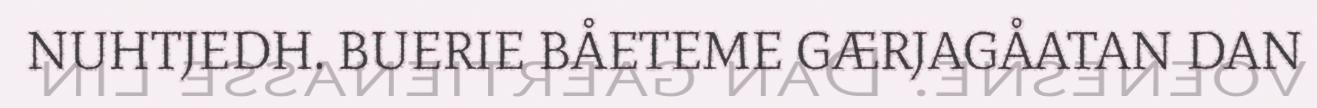
NUHTJEDH. BUERIE BÅETEME GÆRJAGÅATAN DAN